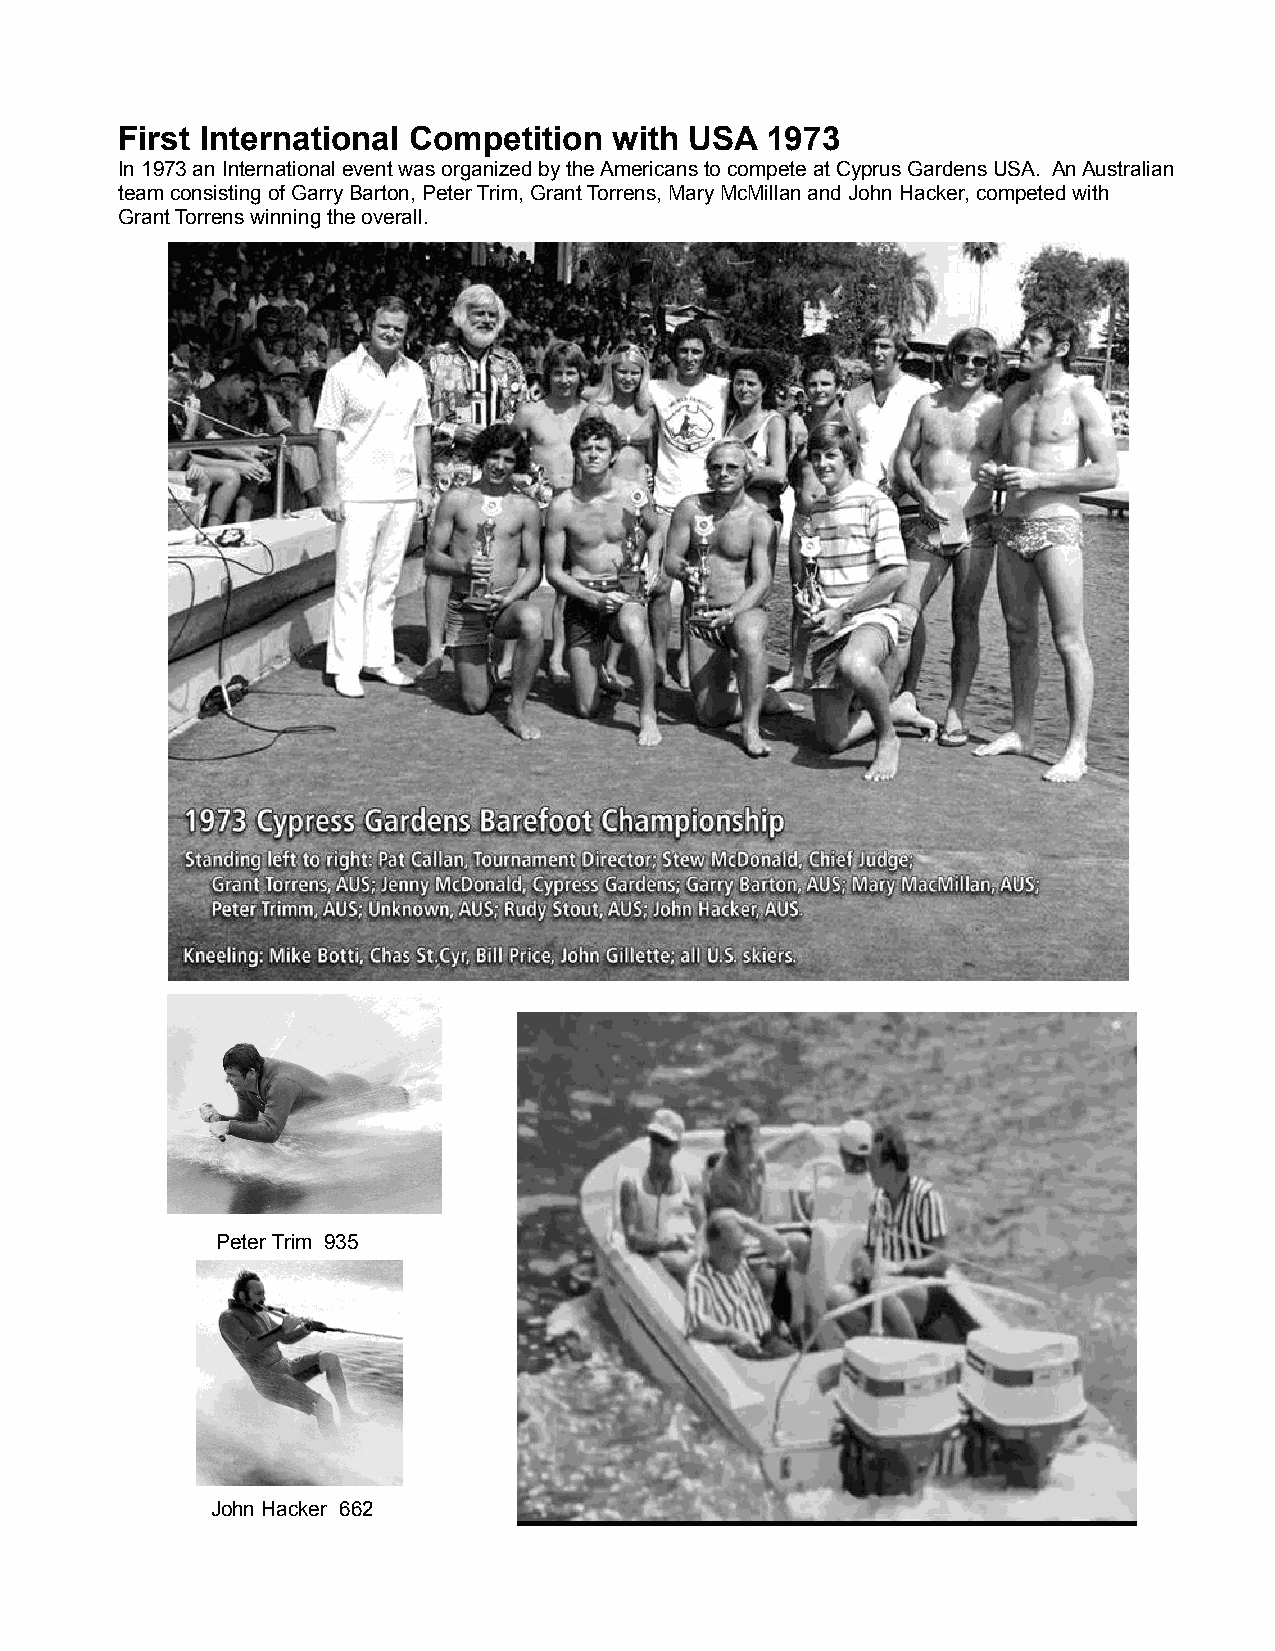
First International Competition  with USA  1973
 In 1973 an International event was organized by the Americans to compete at Cyprus Gardens USA. An Australian
 team consisting of Garry Barton, Peter Trim, Grant Torrens, Mary McMillan and John Hacker, competed with
 Grant Torrens winning the overall.
 Peter Trim 935
 John Hacker 662